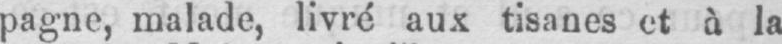
pagne, malade, livré aux tisanes et à la